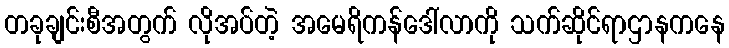
တခုချင်းစီအတွက် လိုအပ်တဲ့ အမေရိကန်ဒေါ်လာကို သက်ဆိုင်ရာဌာနကနေ